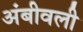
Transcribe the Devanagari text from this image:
अंबीवली